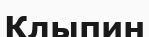
Клыпин